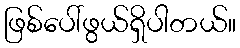
ဖြစ်ပေါ်ဖွယ်ရှိပါတယ်။